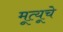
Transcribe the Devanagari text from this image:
मूत्यूचे